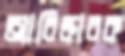
আবিষ্কারক